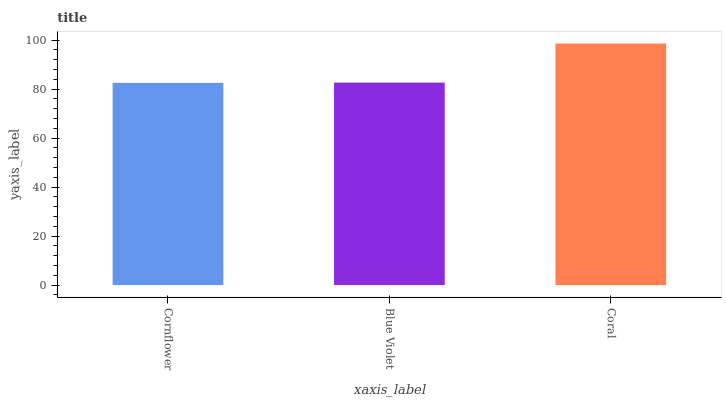
| xaxis_label | bars |
 | --- | --- |
 | Cornflower | 82.5 |
 | Blue Violet | 82.6 |
 | Coral | 98.5 |